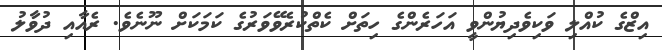
އިޒްގެ ކުއްލި ވަކިވެދިޔުންވީ އަހަރެންގެ ހިތަށް ކެތްކުރެވޭވަރުގެ ކަމަކަށް ނޫނެވެ. ރެއާއި ދުވާލު